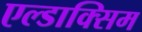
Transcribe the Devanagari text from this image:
एल्डाक्सिम